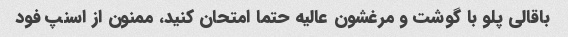
باقالی پلو با گوشت و مرغشون عالیه حتما امتحان کنید، ممنون از اسنپ فود